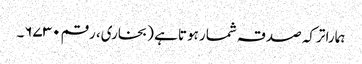
ہمارا ترکہ صدقہ شمار ہوتا ہے (بخاری، رقم ۶۷۳۰۔